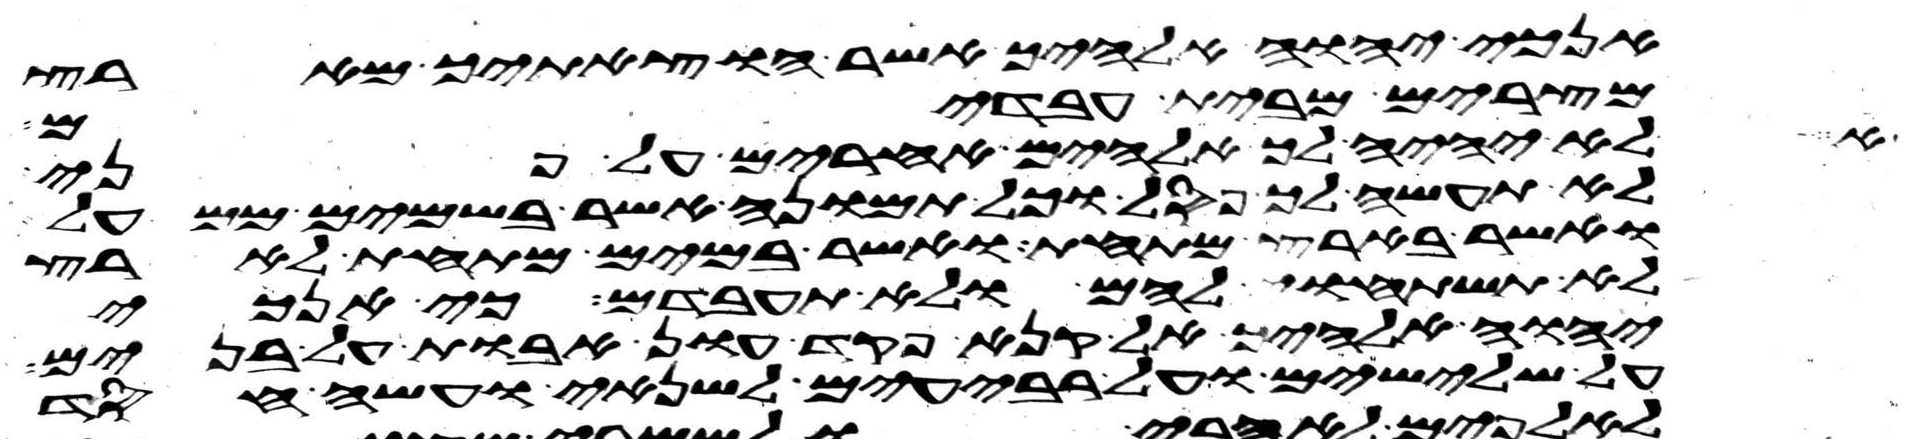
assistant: אנכי יהוה אלהיך אשר הוצאתיך מארץ
לא יהיה לך אלהים אחרים על פני
מצרים מבית עבדים
לא תעשה לך פסל וכל תמונה אשר בשמים ממעל
ואשר בארץ מתחת ואשר במים מתחת לארץ
לא תשתחוה להם ולא תעבדם כי אנכי
יהוה אלהיך אל קנא פקד עון אבות על בנים
על שלישים ועל רביעים לשנאי ועשה חסד